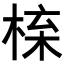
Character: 𭪱